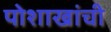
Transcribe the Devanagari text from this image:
पोशाखांची